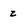
Character: z